Lunatic asylums United Provinces 1899-1908 - 1899-1908
Year: 1899
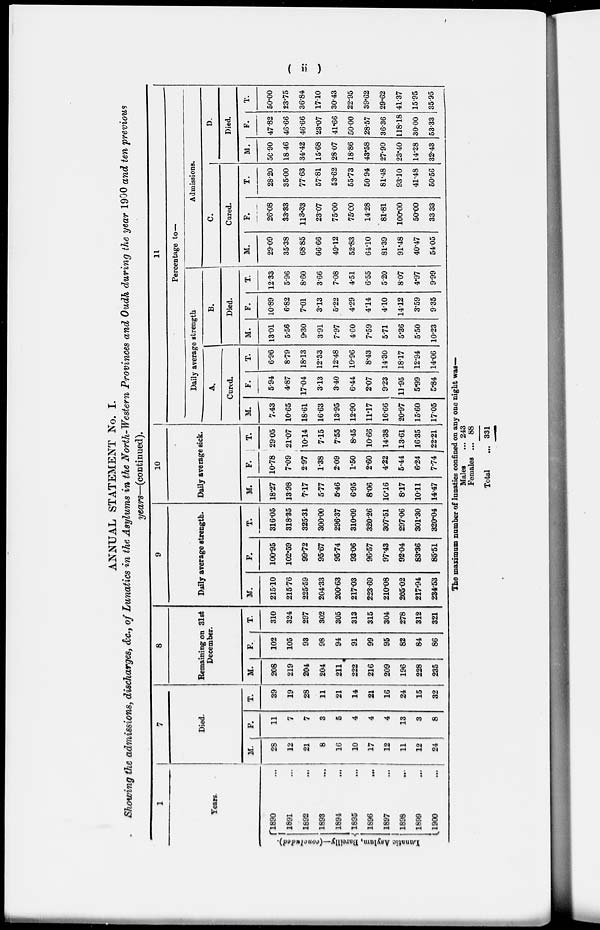
(ii)
ANNUAL STATEMENT No. I.
Showing the admissions, discharges, &c., of Lunatics in the Asylums in the North-Western Provinces and Oudh during the year 1900 and ten previous
years—(continued).
1
Years.
Lunatic Asylum, Bareilly—(concluded).
1890 ...
1891 ...
1892 ...
1893 ...
1894 ...
1895
...
1896 ...
1897 ...
1898 ...
1899 ...
1900 ...
7
Died.
M.
28
12
21
8
16
10
17
12
11
12
24
F.
11
7
7
3
5
4
4
4
13
3
8
T.
39
19
28
11
21
14
21
16
24
15
32
8
Remaining on 31st
December.
M.
208
219
204
204
211
222
216
209
196
228
235
F.
102
105
93
98
94
91
99
95
82
84
86
T.
310
324
297
302
305
313
315
304
278
312
321
9
Daily average strength.
M.
215.10
215.76
225.59
204.33
200.63
217.03
223.69
210.08
205.02
217.94
234.53
F.
100.95
102.59
99.72
95.67
95.74
93.06
96.57
97.43
92.04
83.36
85.51
T.
316.05
318.35
325.31
300.00
296.37
310.09
320.26
307.51
297.06
301.30
320.4
10
Daily average sick.
M.
18.27
13.98
7.17
5.77
5.46
6.95
8.06
10.16
8.17
10.11
14.47
F.
10.78
7.09
2.97
1.38
2.09
1.50
2.60
4.22
5.44
6.24
7.74
T.
29.05
21.07
10.14
7.15
7.55
8.45
10.66
14.38
13.61
16.35
22.21
11
Percentage to—
Daily average strength
A.
Cured.
M.
7.43
10.65
18.61
16.63
13.95
12.90
11.17
16.66
20.97
15.60
17.05
F.
5.94
4.87
17.04
3.13
3.40
6.44
2.07
9.23
11.95
5.99
5.84
T.
6.96
8.79
18.13
12.33
12.48
10.96
8.43
14.30
18.17
12.94
14.06
B.
Died.
M.
13.01
5.56
9.30
391
7.97
4.60
7.59
5.71
5.36
5.50
10.23
F.
10.89
6.82
7.01
3.13
5.22
4.29
4.14
4.10
14.12
3.59
9.35
T.
12.33
5.96
8.60
3.66
7.08
4.51
6.55
520
8.07
4.97
9.99
Admissions.
C.
Cured.
M.
29.09
35.38
6885
6666
49.12
52.83
64.10
81.39
91.48
40.47
5405
F.
26.08
33.33
113.33
23.07
75.00
75.00
14.28
81.81
100.00
50.00
33.33
T.
28.20
35.00
77.63
57.81
53.62
55.73
50.94
81.48
93.10
41.48
50.56
D.
Died.
M.
50.90
18.46
34.42
15.68
28.07
18.86
43.58
27.90
23.40
14.28
32.43
F.
47.82
46.66
46.66
23.07
41.66
5000
28.57
36.36
118.18
30.00
53.33
T.
50.00
23.75
36.84
17.10
30.43
22.95
39.62
29.62
41.37
15.95
35.95
The maximum number of lunatics confined on any one night was—
Males
Females
Total
...
...
...
243
88
331